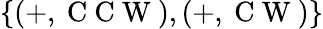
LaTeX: \{ (+,\mathrm{~C~C~W~}),(+,\mathrm{~C~W~})\}